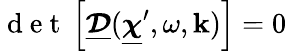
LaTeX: {\mathrm{~d~e~t~}\left[\underline{{\boldsymbol{\mathcal D}}}(\underline{{\boldsymbol\chi}}^{\prime},\omega,\mathbf k)\right]=0}